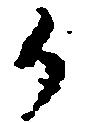
御